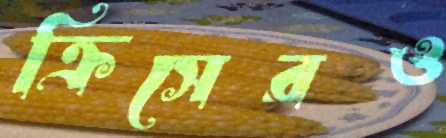
ক্রিসেরও